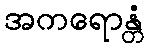
အကရောန္တံ